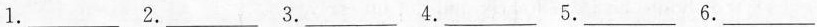
1.___ 2.___ 3.___ 4.___ 5.___ 6. ___